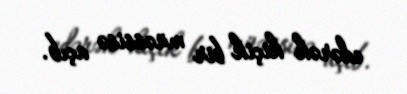
edərək kiçik bir müəssisə açıb.